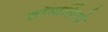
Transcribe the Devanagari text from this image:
कॉन्वर्सियो